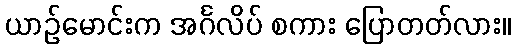
ယာဉ်မောင်းက အင်္ဂလိပ် စကား ပြောတတ်လား။